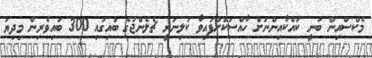
މެކްސްއިން ބުނީ ކައްކާއިންނަށް ހާއްސަކޮށްފައިވާ ކަލިނަރީ ޗެލެންޖުގެ ބައިގައި 300 ބައިވެރިން މިދިޔަ